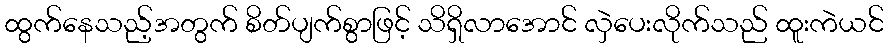
ထွက်နေသည့်အတွက် စိတ်ပျက်စွာဖြင့် သိရှိလာအောင် လှဲပေးလိုက်သည် ထူးကဲယင်